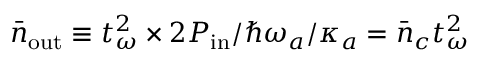
\bar { n } _ { \mathrm { o u t } } \equiv t _ { \omega } ^ { 2 } \times 2 P _ { \mathrm { i n } } / \hbar \omega _ { a } / \kappa _ { a } = \bar { n } _ { c } t _ { \omega } ^ { 2 }